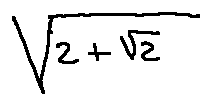
\sqrt { 2 + \sqrt { 2 } }